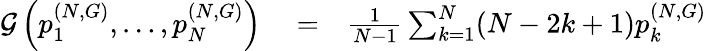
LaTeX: \begin{array}{rlr}{\mathcal{G}\left(p_{1}^{(N,G)},\dots,p_{N}^{(N,G)}\right)}&{{}=}&{\frac{1}{N-1}\sum_{k=1}^{N}(N-2k+1)p_{k}^{(N,G)}}\end{array}